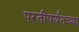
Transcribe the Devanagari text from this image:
परतीपर्यंतच्या